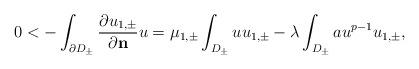
LaTeX: \begin{align*}0< -\int_{\partial D_{\pm}} \frac{\partial u_{1,\pm}}{\partial \mathbf{n}}u = \mu_{1,\pm} \int_{D_{\pm}} uu_{1,\pm} - \lambda \int_{D_{\pm}} a u^{p-1}u_{1,\pm}, \end{align*}